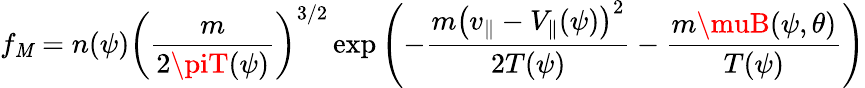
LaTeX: f_{\mathit{M}}=n(\psi)\left(\frac{{m}}{{2\piT(\psi)}}\right)^{3/2}\exp\left(-\frac{{m\left(v_{\parallel}-V_{\parallel}(\psi)\right)^{2}}}{{2T(\psi)}}-\frac{{m\muB(\psi,\theta)}}{{T(\psi)}}\right)